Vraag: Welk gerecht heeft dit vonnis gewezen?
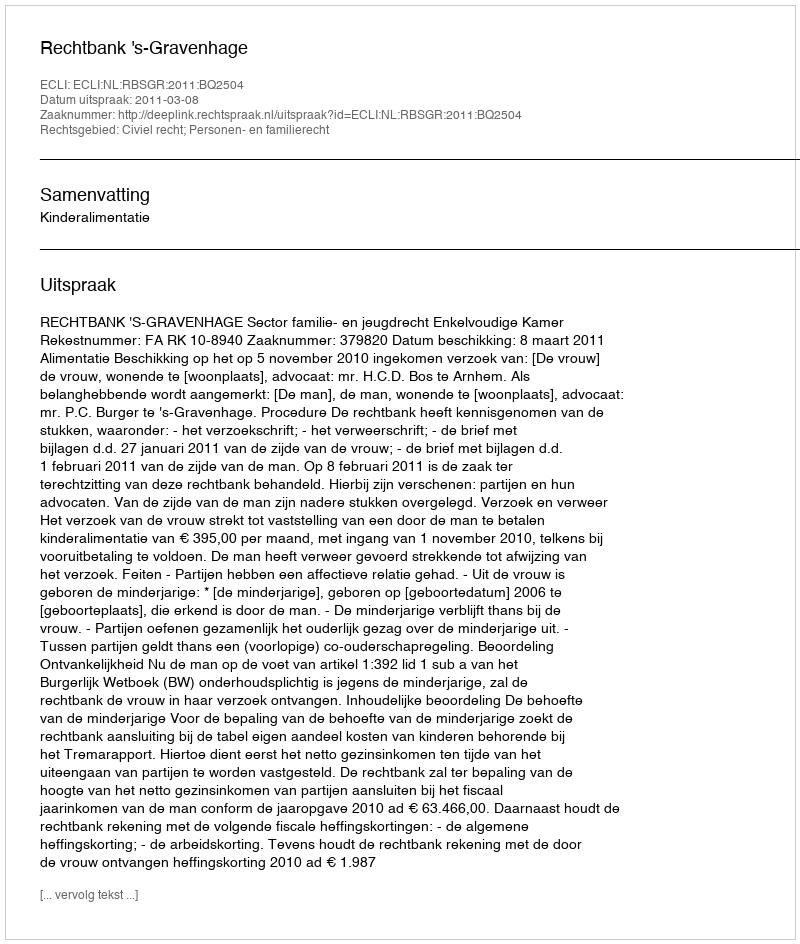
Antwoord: Rechtbank 's-Gravenhage